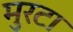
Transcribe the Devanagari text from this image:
मुरटा